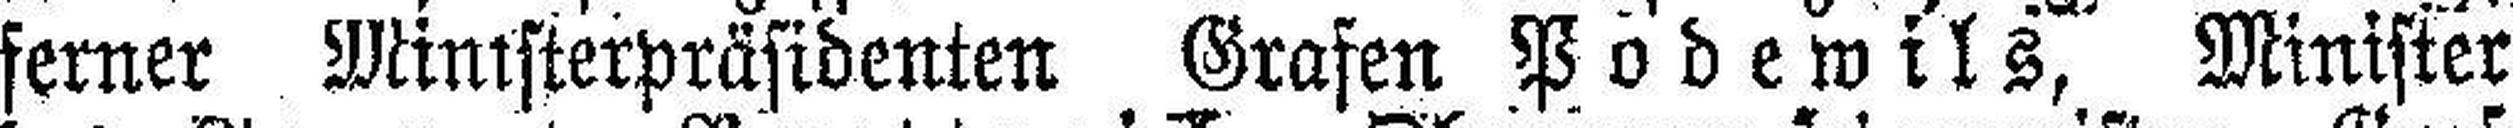
ferner Ministerpräsidenten Grafen Podewils, Minister